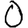
Digit: 0